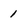
Character: 1